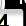
Digit: 3